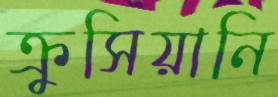
ক্রুসিয়ানি